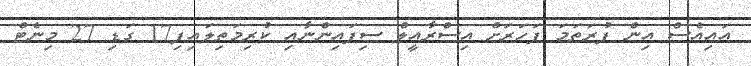
އައިއެސް އިން ފުރަތަމަ ފަހަރަށް އިސްރާއީލް ސިފައިންނާއި ކުރިމަތިލައިފި17 ގަޑި 27 މިނެޓް